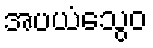
အပယံသွေဝ